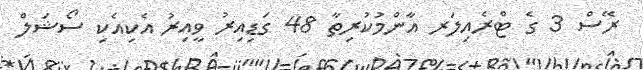
ރޭސް 3 ގެ ޓްރެއިލަރ އާންމުކުރިތާ 48 ގަޑިއިރު ވީއިރު އެކިއެކި ސޯޝަލް